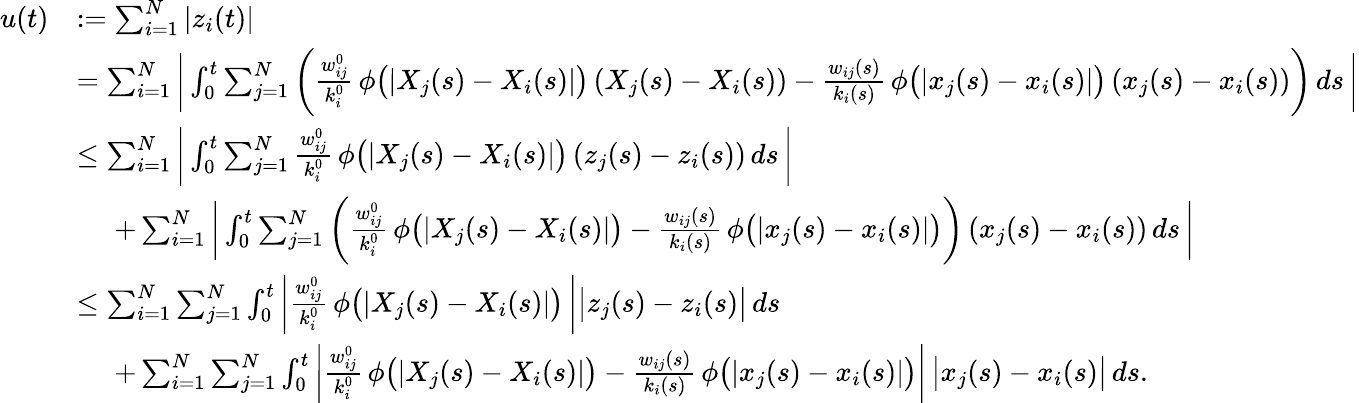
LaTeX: \begin{array}{rl}{u(t)}&{:=\sum_{i=1}^{N}|z_{i}(t)|}\\ &{=\sum_{i=1}^{N}\bigg|\int_{0}^{t}\sum_{j=1}^{N}\bigg(\frac{w_{ij}^{0}}{k_{i}^{0}}\, \phi\big(|X_{j}(s)-X_{i}(s)|\big)\, (X_{j}(s)-X_{i}(s))-\frac{w_{ij}(s)}{k_{i}(s)}\, \phi\big(|x_{j}(s)-x_{i}(s)|\big)\, (x_{j}(s)-x_{i}(s))\bigg)\, ds\, \bigg|}\\ &{\leq\sum_{i=1}^{N}\bigg|\int_{0}^{t}\sum_{j=1}^{N}\frac{w_{ij}^{0}}{k_{i}^{0}}\, \phi\big(|X_{j}(s)-X_{i}(s)|\big)\, (z_{j}(s)-z_{i}(s))\, ds\, \bigg|}\\ &{\quad\, \, +\sum_{i=1}^{N}\bigg|\int_{0}^{t}\sum_{j=1}^{N}\bigg(\frac{w_{ij}^{0}}{k_{i}^{0}}\, \phi\big(|X_{j}(s)-X_{i}(s)|\big)-\frac{w_{ij}(s)}{k_{i}(s)}\, \phi\big(|x_{j}(s)-x_{i}(s)|\big)\bigg)\, (x_{j}(s)-x_{i}(s))\, ds\, \bigg|}\\ &{\leq\sum_{i=1}^{N}\sum_{j=1}^{N}\int_{0}^{t}\bigg|\frac{w_{ij}^{0}}{k_{i}^{0}}\, \phi\big(|X_{j}(s)-X_{i}(s)|\big)\, \bigg|\big|z_{j}(s)-z_{i}(s)\big|\, ds\, }\\ &{\quad\, \, +\sum_{i=1}^{N}\sum_{j=1}^{N}\int_{0}^{t}\bigg|\frac{w_{ij}^{0}}{k_{i}^{0}}\, \phi\big(|X_{j}(s)-X_{i}(s)|\big)-\frac{w_{ij}(s)}{k_{i}(s)}\, \phi\big(|x_{j}(s)-x_{i}(s)|\big)\bigg|\, \big|x_{j}(s)-x_{i}(s)\big|\, ds.\, }\end{array}